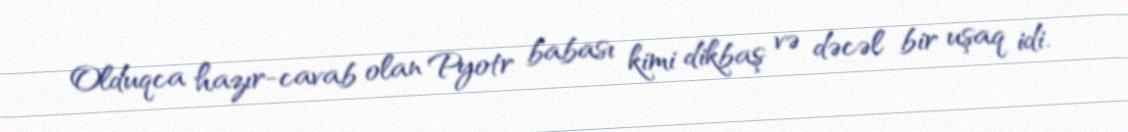
Olduqca hazır-cavab olan Pyotr babası kimi dikbaş və dəcəl bir uşaq idi.